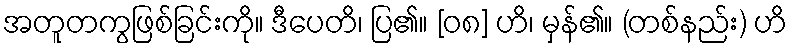
အတူတကွဖြစ်ခြင်းကို။ ဒီပေတိ၊ ပြ၏။ [၀၈] ဟိ၊ မှန်၏။ (တစ်နည်း) ဟိ